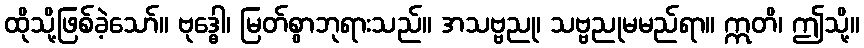
ထိုသို့ဖြစ်ခဲ့သော်။ ဗုဒ္ဓေါ၊ မြတ်စွာဘုရားသည်။ အသဗ္ဗညု၊ သဗ္ဗညုမမည်ရာ။ ဣတိ၊ ဤသို့။